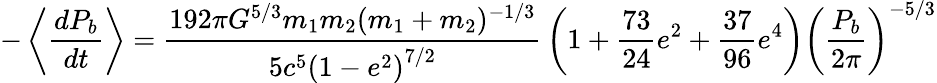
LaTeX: -\left\langle{\frac{dP_{b}}{dt}}\right\rangle={\frac{192\pi G^{5/3}m_{1}m_{2}(m_{1}+m_{2})^{-1/3}}{5c^{5}\left(1-e^{2}\right)^{7/2}}}\left(1+{\frac{73}{24}}e^{2}+{\frac{37}{96}}e^{4}\right)\left({\frac{P_{b}}{2\pi}}\right)^{-{5/3}}